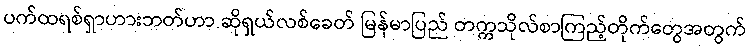
ပက်ထရစ်ရှာဟားဘတ်ဟာ ဆိုရှယ်လစ်ခေတ် မြန်မာပြည် တက္ကသိုလ်စာကြည့်တိုက်တွေအတွက်